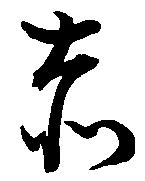
赤